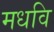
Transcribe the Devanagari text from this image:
मधवि